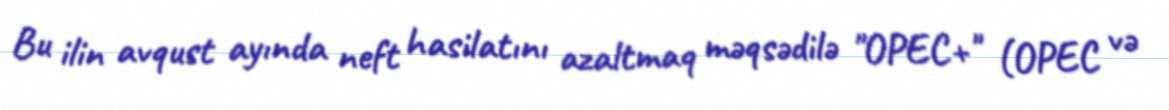
Bu ilin avqust ayında neft hasilatını azaltmaq məqsədilə "OPEC+" (OPEC və